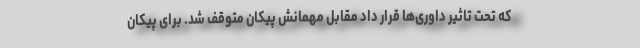
که تحت تاثیر داوری‌ها قرار داد مقابل مهمانش پیکان متوقف شد. برای پیکان